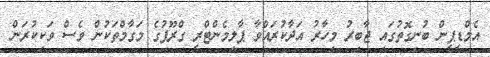
އެމްޑީޕީން ބުނިގޮތުގައި ޖާބިރު މިހާރު އަދާކުރައްވާ ޕާލިމެންޓްރީ ގްރޫޕުގެ މަގާމްތަކުން ވެސް ވަކިކުރަން